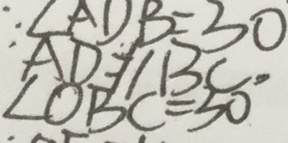
\angle A D B = 3 0 ^ { \circ } \angle O B C = 5 0 ^ { \circ }